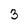
Character: 3